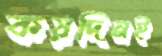
কয়দিনই